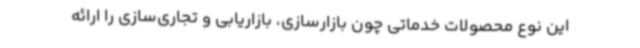
این نوع محصولات خدماتی چون بازارسازی، بازاریابی و تجاری‌سازی را ارائه